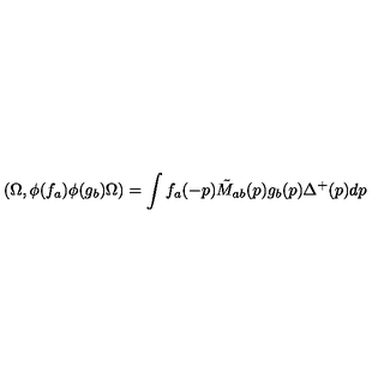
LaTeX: ( \Omega , \phi ( f _ { a } ) \phi ( g _ { b } ) \Omega ) = \int f _ { a } ( - p ) \tilde { M } _ { a b } ( p ) g _ { b } ( p ) \Delta ^ { + } ( p ) d p